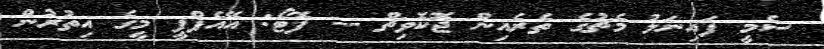
ސެމީ ފައިނަލު މެޗުގެ ތެރެއިން ޖޮކޮވިޗް -- ފޮޓޯ: އޭއެފްޕީ މީގެ އިތުރުން